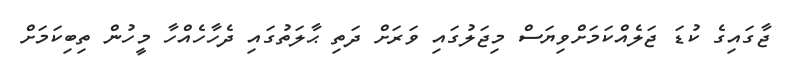
ޖާގައިގެ ކުޑަ ޖަލެއްކަމަށްވިޔަސް މިޖަލުގައި ވަރަށް ދަތި ޙާލަތުގައި ދެހާހެއްހާ މީހުން ތިބިކަމަށް